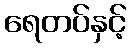
ရေတပ်နှင့်